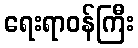
ရေးရာဝန်ကြီး